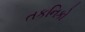
તકનિકો